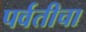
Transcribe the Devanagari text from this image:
पर्वतीचा